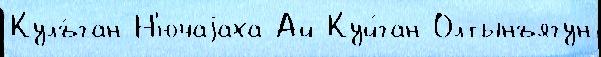
Кулъ́ган Н'ючаjаха Ай-Куй́ган Олтынъягун